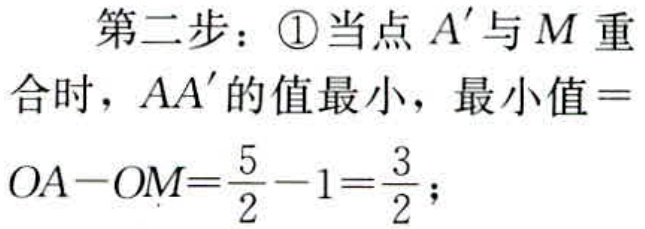
第二步：\textcircled{1}当点 \(A'\) 与 \(M\) 重合时，\(AA'\) 的值最小，最小值\(=OA - OM=\frac{5}{2}-1=\frac{3}{2}\)；